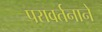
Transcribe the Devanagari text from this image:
परावर्तनाने